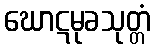
ဃောဋမုခသုတ္တံ